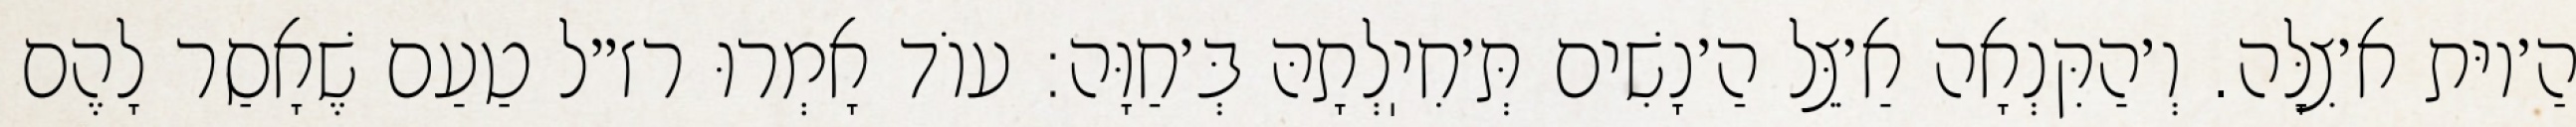
הַ׳יוּת א׳צִלָּה. וְ׳הַקִּנְאָה אַ׳צֵּל הַ׳נָשִׁים תְּ׳חִיֽלְתָהּ בְּ׳חַוָּה: עוֹד אָמְרוּ רז״ל טַעַם שֶׁאָסַר לָהֶם